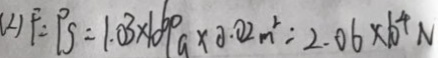
( 2 ) F = P S = 1 . 0 3 \times 1 0 ^ { 6 } P a \times 0 . 0 2 m ^ { 2 } = 2 . 0 6 \times 1 0 ^ { 4 } N